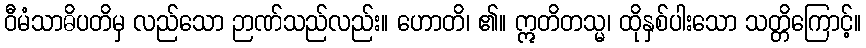
ဝီမံသာဓိပတိမှ လည်သော ဉာဏ်သည်လည်း။ ဟောတိ၊ ၏။ ဣတိတသ္မ၊ ထိုနှစ်ပါးသော သတ္တိကြောင့်။